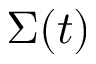
\Sigma ( t )